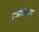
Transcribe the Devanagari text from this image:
एजकिलस